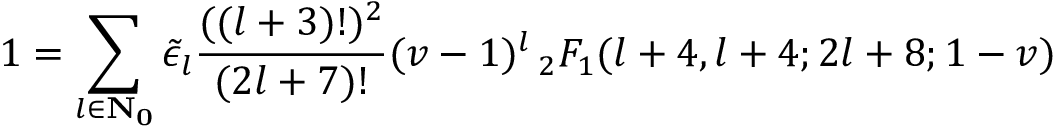
1 = \sum _ { l \in \bf { N } _ { 0 } } \tilde { \epsilon } _ { l } \frac { ( ( l + 3 ) ! ) ^ { 2 } } { ( 2 l + 7 ) ! } ( v - 1 ) ^ { l } \, _ { 2 } F _ { 1 } ( l + 4 , l + 4 ; 2 l + 8 ; 1 - v )